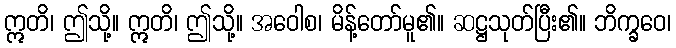
ဣတိ၊ ဤသို့။ ဣတိ၊ ဤသို့။ အဝေါစ၊ မိန့်တော်မူ၏။ ဆဋ္ဌသုတ်ပြီး၏။ ဘိက္ခဝေ၊